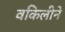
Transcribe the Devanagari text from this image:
वकिलीने